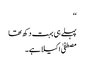
‘‘
پہلے ہی بہت دکھ تھا
مصطفیٰ اکیلا ہے۔